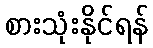
စားသုံးနိုင်ရန်